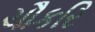
ચૌકરિ